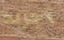
أجربه